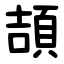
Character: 頡